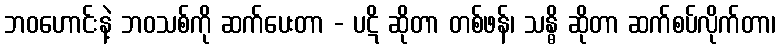
ဘဝဟောင်းနဲ့ ဘဝသစ်ကို ဆက်ပေးတာ - ပဋိ ဆိုတာ တစ်ဖန်၊ သန္ဓိ ဆိုတာ ဆက်စပ်လိုက်တာ၊